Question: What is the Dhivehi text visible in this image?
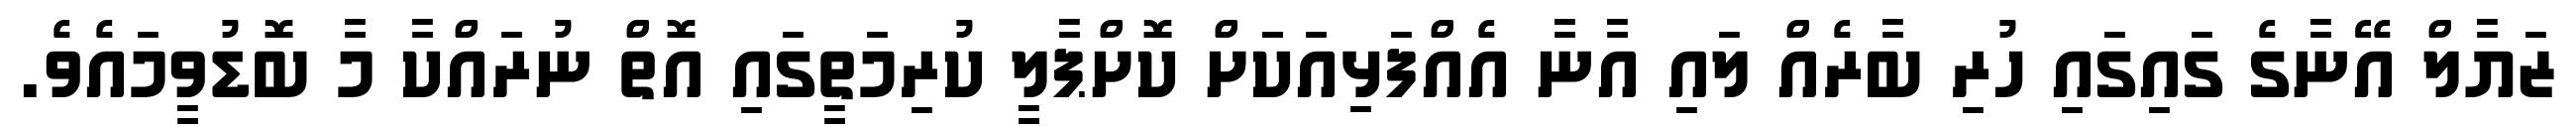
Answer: ޒަޔާލް އޭނާގެ ގައިގައި ހުރި ބާރެއް ލައި އާނާ އެއްފަޅިއަކަަށް ކޮށްޕާލީ ކުރިމަތީގައި އޮތް ނުރައްކާ މާ ބޮޑުވީމައެވެ.